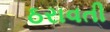
ઠરાવતી